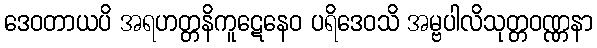
ဒေဝတာယပိ အရဟတ္တနိကူဋေနေဝ ပရိဒေဝသိ အမ္ဗပါလိသုတ္တဝဏ္ဏနာ